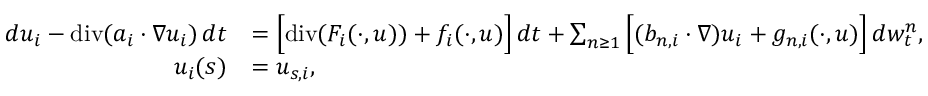
\begin{array} { r l } { d u _ { i } - \normalfont { \mathrm { d i v } } ( a _ { i } \cdot \nabla u _ { i } ) \, d t } & { = \Big [ \normalfont { \mathrm { d i v } } ( F _ { i } ( \cdot , u ) ) + f _ { i } ( \cdot , u ) \Big ] \, d t + \sum _ { n \geq 1 } \Big [ ( b _ { n , i } \cdot \nabla ) u _ { i } + g _ { n , i } ( \cdot , u ) \Big ] \, d w _ { t } ^ { n } , } \\ { u _ { i } ( s ) } & { = u _ { s , i } , } \end{array}